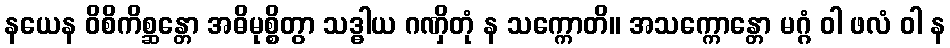
နယေန ဝိစိကိစ္ဆန္တော အဓိမုစ္စိတွာ သဒ္ဓါယ ဂဏှိတုံ န သက္ကောတိ။ အသက္ကောန္တော မဂ္ဂံ ဝါ ဖလံ ဝါ န